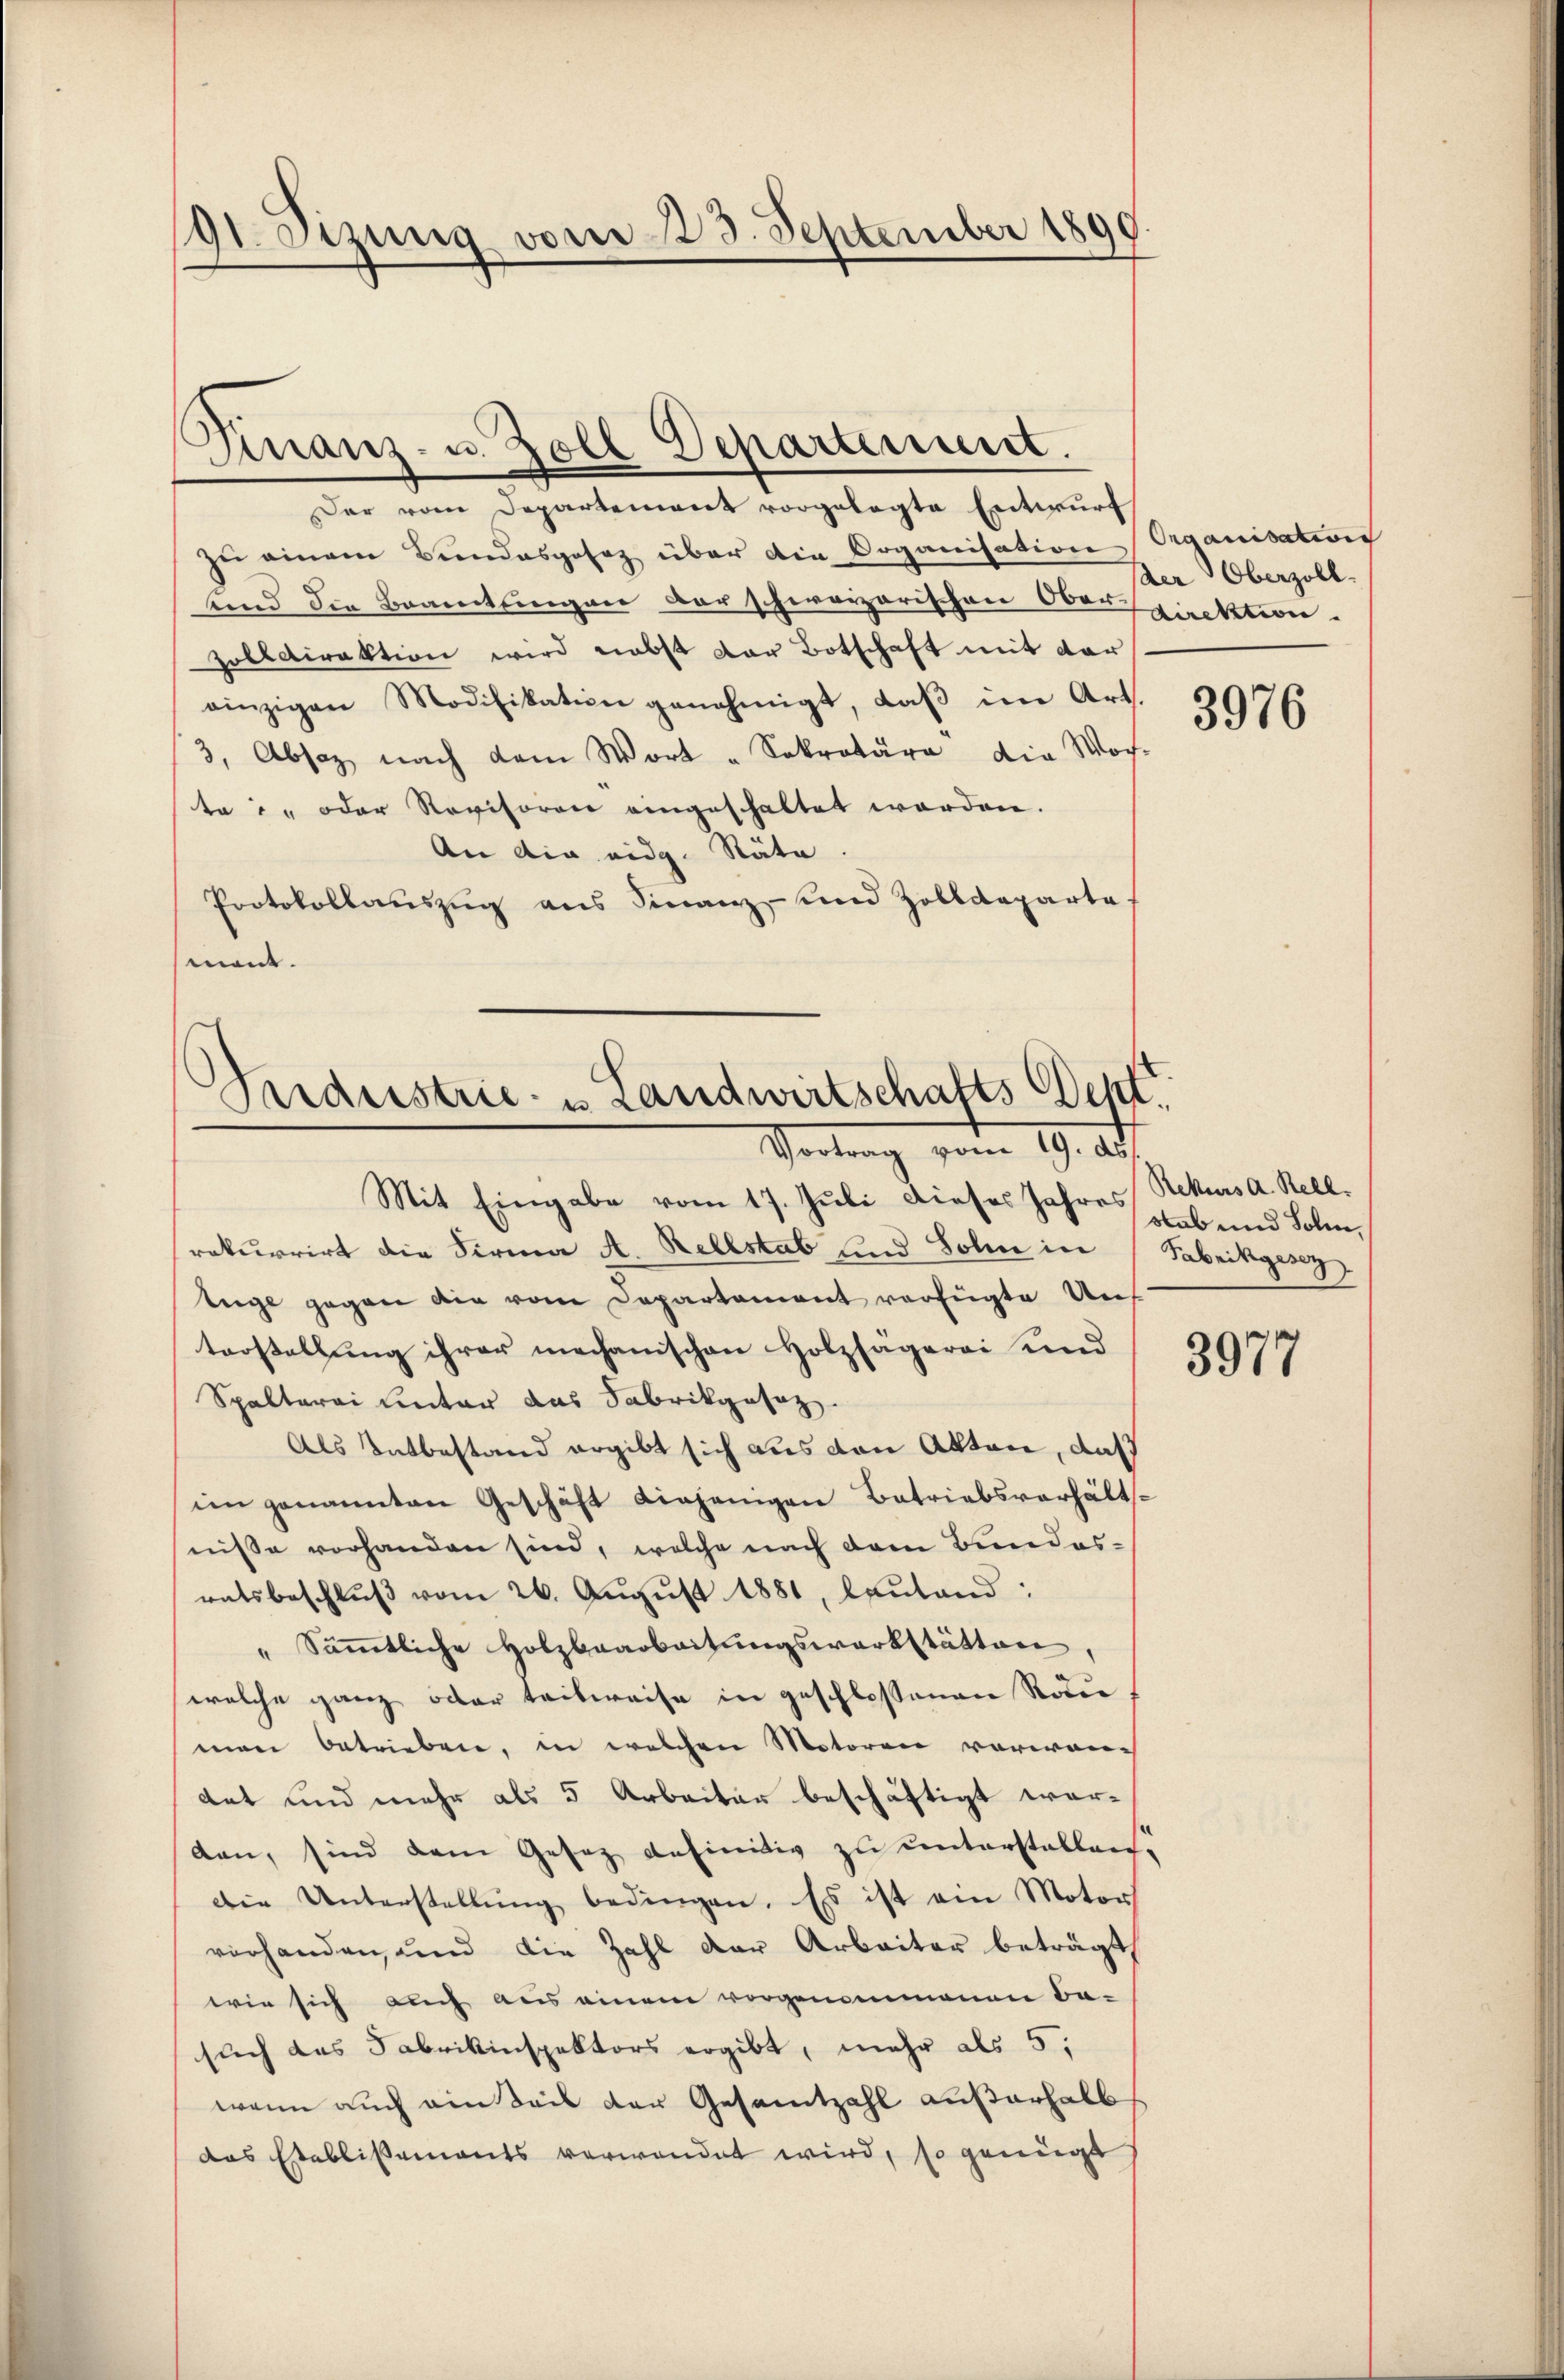
191. Sizung vom 23. September 1890.

Finanz- u. Zoll Departement.

Der vom Departement vorgelegte Entwurf
zŭ einem Bundesgesez über die Organisation Organisation
und die Beamtungen der schweizerischen Oberpirekterie-
Zolldirektion wird nebst der Botschaft mit dareinzigen Modifikation genehmigt, daβ im Art.
3., Absaz nach dem Wort „Sekretäre die Woche
ta: oder Revisoren eingeschaltet worden.
An die eidg. Räte
Protokollauszug aus Finanz- und Zolldeparte
mant.

Seidestrie- u. Landwirtschafts Dept.
Vortrag vom 19. ds.

Mit Eingabe vom 17. Juli dieses Jahres
rekurrirt die Firma A. Rellstab und Sohn in Fabrikgese
luge gegen die vom Departement verfügte Unf
torstellung ihrer mechanischen Holzsagerei und
Spalterei Lector das Fabrikgesez
Als Tatbestand ergibt sich aus von Akten, daß
im genannten Geschäft diejenigen Betriebsverhält-
nisse vorhanden sind, welche nach dem Bundesratsbeschlŭβ vom 26. Aŭgŭst 1881, lautand:
 Säṁtliche Holzbaarbeitungswerkstätten,
welche ganz oder teilweise in geschlossenen Rödee
man betrieben, in welchen Motoren vorwandat und mehr als 5 Arbeiter beschäftigt werdan, sind dem Gesetz definitiv zu unterstellen,
Die Unterstellŭng bedingen. Es ist ein Motor
vorhanden, und die Zahl der Arbeiter beträgt
wie sich auch aus einem vorgenommenen Be-
such das Fabrikinspektors ergibt, mehr als 5.
wenn auch ein Teil der Gesamtzahl außerhalb
das Etablissements verwendet wird, so genügt

der Oberzoll.

3976

Rekurs d. Rell.
stab und Sohn,

3977